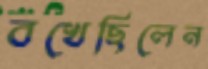
বখেছিলেন